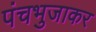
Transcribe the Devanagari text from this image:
पंचभुजाकर